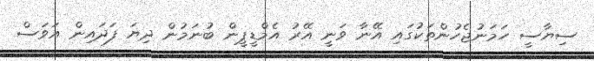
ސިޔާސީ ހަމަނުޖެހުންތަކުގައި އޭނާ ވަނީ އޭރު އެމްޑީޕީން ބުނަމުން ދިޔަ ފަދައިން އަވަސް